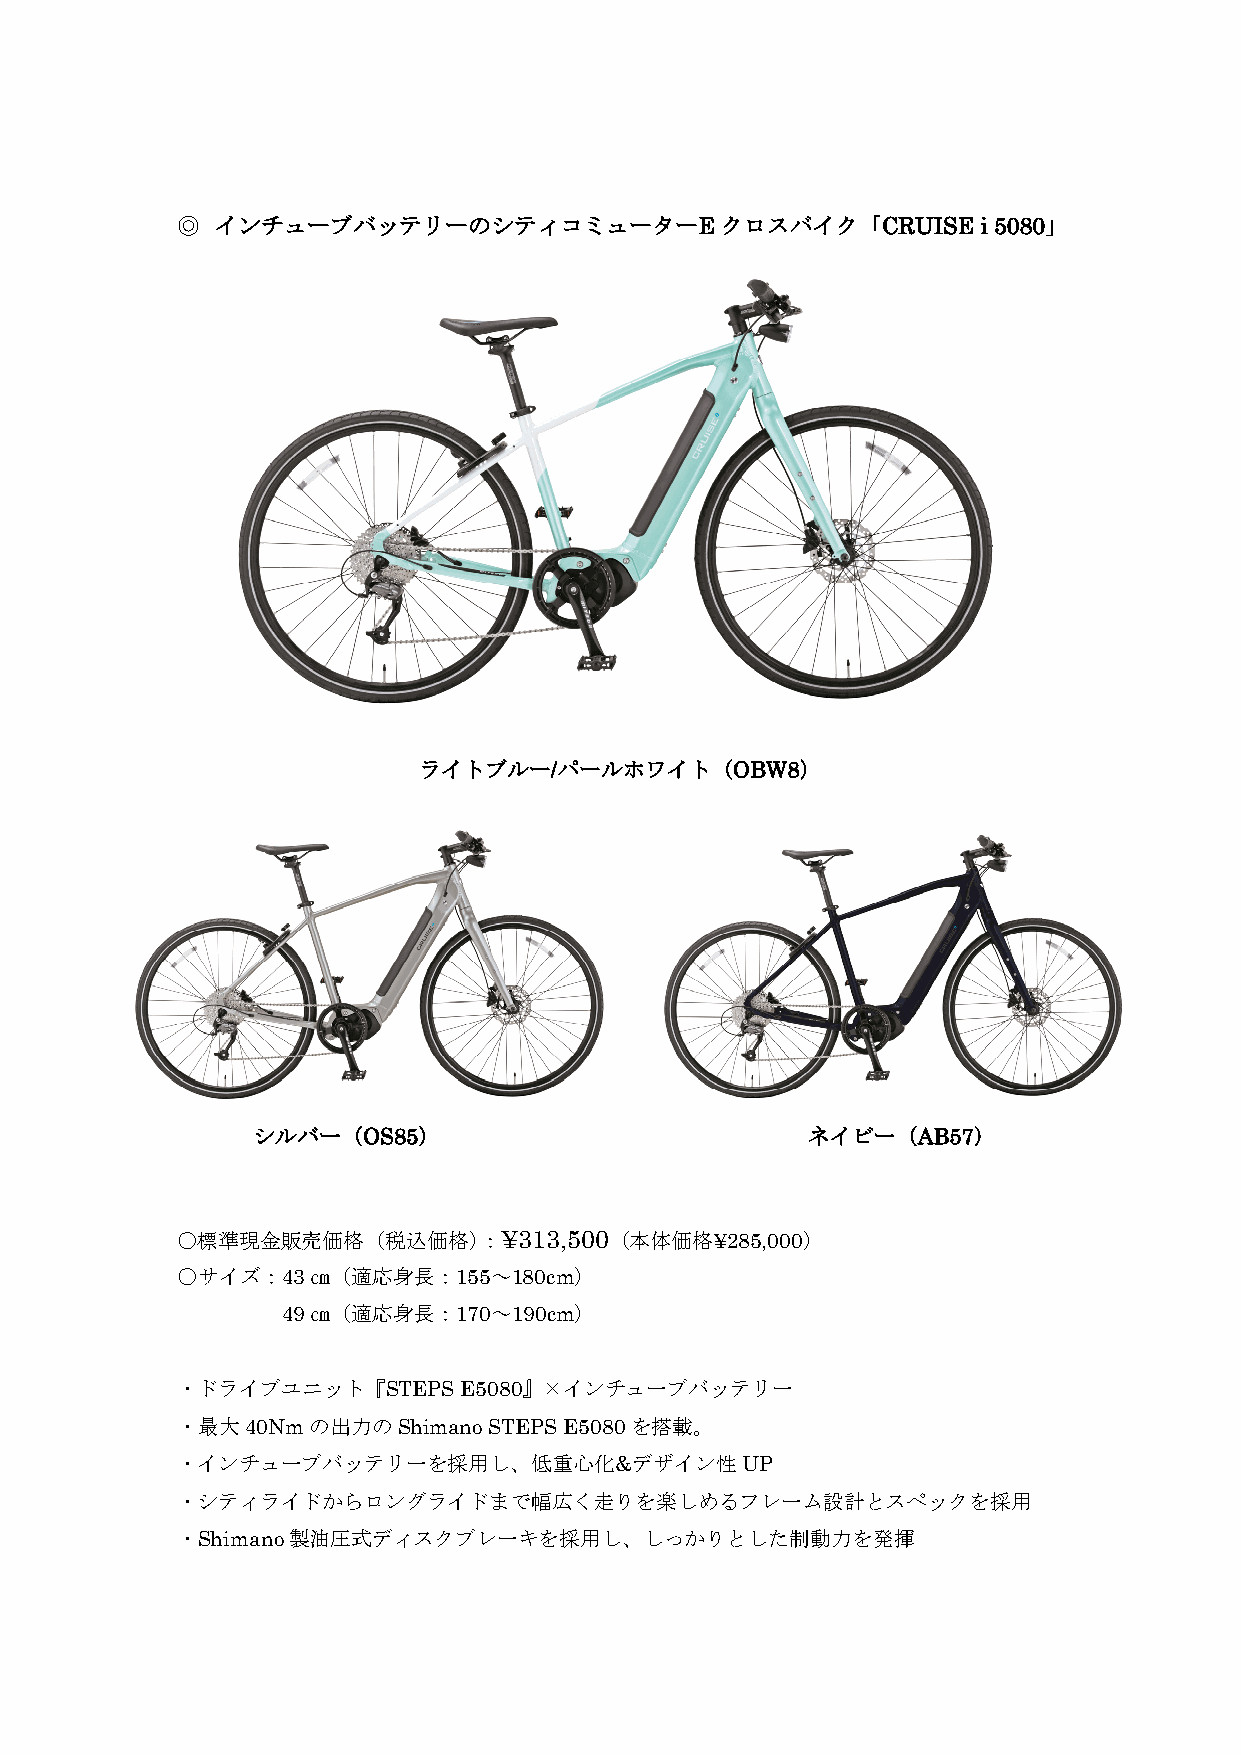
◎ インチューブバッテリーのシティコミューターEクロスバイク「CRUISE                i 5080」
 ライトブルー/パールホワイト（OBW8）
 シルバー（OS85）                          ネイビー（AB57）
 ○標準現金販売価格（税込価格）：¥313,500（本体価格¥285,000）
 ○サイズ：43㎝（適応身長：155～180cm）
 49㎝（適応身長：170～190cm）
 ・ドライブユニット『STEPS   E5080』×インチューブバッテリー
 ・最大40Nmの出力のShimano  STEPS E5080を搭載。
 ・インチューブバッテリーを採用し、低重心化&デザイン性UP
 ・シティライドからロングライドまで幅広く走りを楽しめるフレーム設計とスペックを採用
 ・Shimano製油圧式ディスクブレーキを採用し、しっかりとした制動力を発揮